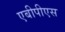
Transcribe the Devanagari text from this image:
एबीपीएस